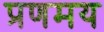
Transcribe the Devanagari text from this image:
प्रणमय